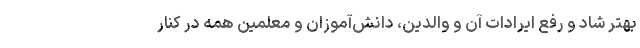
بهتر شاد و رفع ایرادات آن و والدین، دانش‌آموزان و معلمین همه در کنار